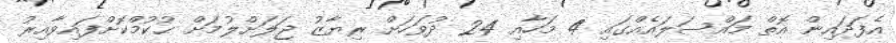
އެފަދައިން އޮތް މައްސަލައެއްގައި 4 މަހާއި 24 ދުވަހަށް ރިޔާޒު ޖަލަށްލުމަށް ޙުކުމްކޮށްފައިވާއިރު